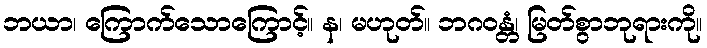
ဘယာ၊ ကြောက်သောကြောင့်။ န၊ မဟုတ်။ ဘဂဝန္တံ၊ မြတ်စွာဘုရားကို။